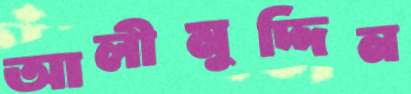
আলীমুদ্দিন